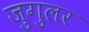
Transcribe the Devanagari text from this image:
जुगुलर